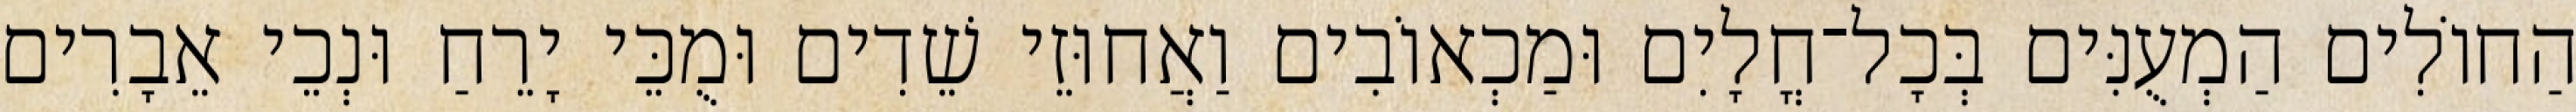
הַחוֹלִים הַמְעֻנִּים בְּכָל־חֳלָיִם וּמַכְאוֹבִים וַאֲחוּזֵי שֵׁדִים וּמֻכֵּי יָרֵחַ וּנְכֵי אֵבָרִים